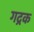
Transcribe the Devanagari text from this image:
गद्रक